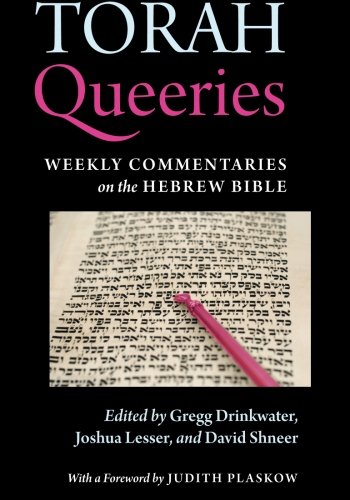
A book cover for Torah Queeries: Weekly Commentaries on the Hebrew Bible; Gay & Lesbian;